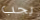
يجب